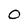
Character: O